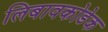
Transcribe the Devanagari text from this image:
लिबावकोडेक